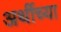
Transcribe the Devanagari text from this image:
अर्थीच्या